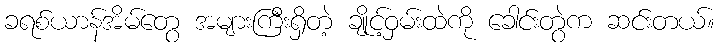
ခရစ်ယာန်အိမ်တွေ အများကြီးရှိတဲ့ ချိုင့်ဝှမ်းထဲကို ခေါင်းတွဲက ဆင်းတယ်။